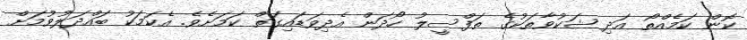
ކޮން ކަމެއްތޯ އަދި ޝަކުވާތަކުގެ ތަފްސީލު ހޯދަން އެދިވަޑައިގަތް ކަމަށެވެ. އެކަމަކު ބައްދަލުވުމަށް